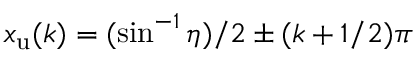
x _ { \mathrm { u } } ( k ) = ( \sin ^ { - 1 } \eta ) / 2 \pm ( k + 1 / 2 ) \pi